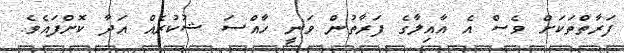
ފަރާތްތަކަށް ވެސް އެ އާއިލާގެ ފަރާތުން ވަނީ ހާއްސަ ޝުކުރެއް އަދާ ކޮށްފައެވެ.